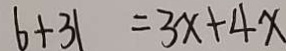
b + 3 1 = 3 x + 4 x